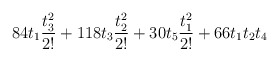
\begin{align*}84 t_1 \frac{t_3^2}{2!} + 118 t_3 \frac{t_2^2}{2!} + 30 t_5\frac{t_1^2}{2!} + 66 t_1 t_2 t_4\end{align*}